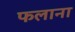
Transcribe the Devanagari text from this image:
फलाना